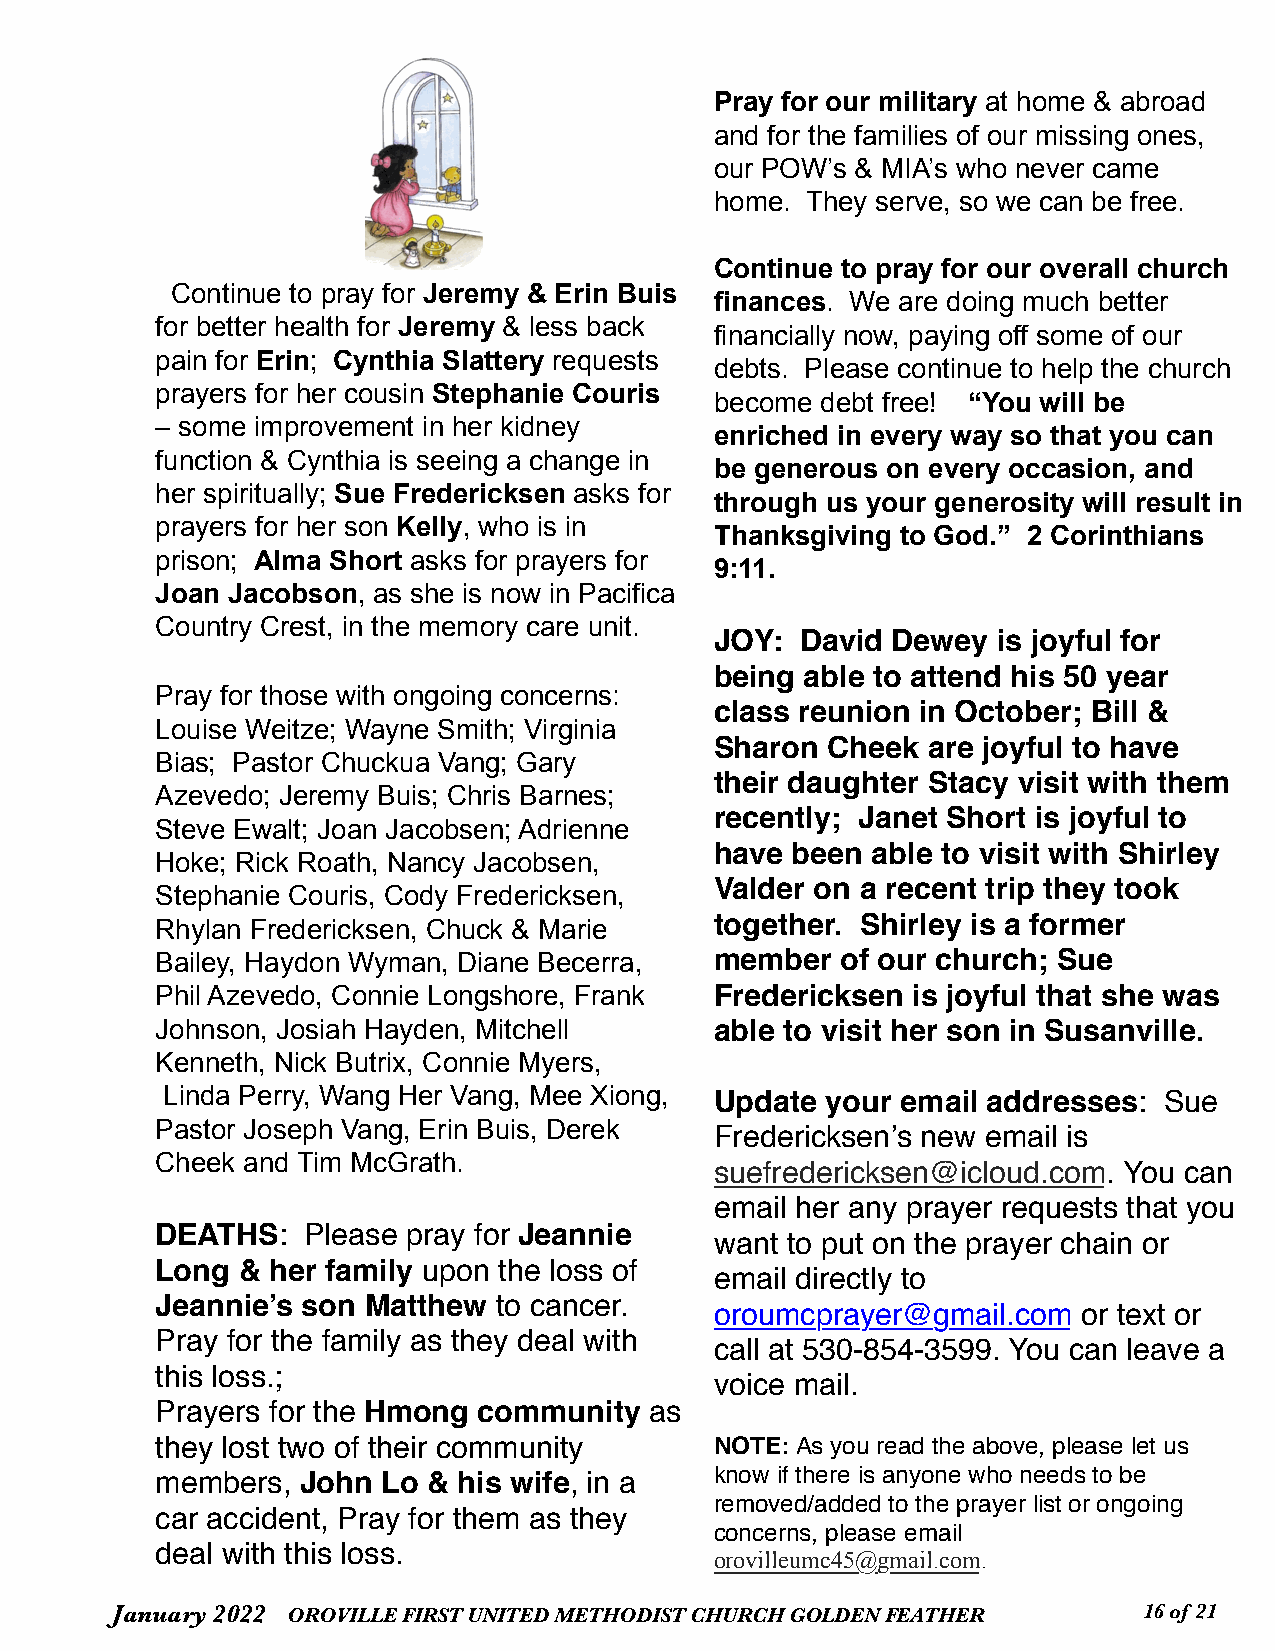
Pray for our military at home & abroad
 and for the families of our missing ones,
 our POW’s & MIA’s who never came
 home. They serve, so we can be free.
 Continue to pray for our overall church
 Continue to pray for Jeremy & Erin Buis
 finances. We are doing much better
 for better health for Jeremy & less back
 financially now, paying off some of our
 pain for Erin; Cynthia Slattery requests
 debts. Please continue to help the church
 prayers for her cousin Stephanie Couris
 become debt free! “You will be
 – some improvement in her kidney
 enriched in every way so that you can
 function & Cynthia is seeing a change in
 be generous on every occasion, and
 her spiritually; Sue Fredericksen asks for
 through us your generosity will result in
 prayers for her son Kelly, who is in
 Thanksgiving to God.” 2 Corinthians
 prison; Alma Short asks for prayers for
 9:11.
 Joan Jacobson, as she is now in Pacifica
 Country Crest, in the memory care unit.
 JOY:  David Dewey  is joyful for
 being able to attend his 50 year
 Pray for those with ongoing concerns:
 class reunion in October; Bill &
 Louise Weitze; Wayne Smith; Virginia
 Sharon  Cheek are joyful to have
 Bias; Pastor Chuckua Vang; Gary
 their daughter Stacy visit with them
 Azevedo; Jeremy Buis; Chris Barnes;
 recently; Janet Short is joyful to
 Steve Ewalt; Joan Jacobsen; Adrienne
 have been  able to visit with Shirley
 Hoke; Rick Roath, Nancy Jacobsen,
 Valder on a recent trip they took
 Stephanie Couris, Cody Fredericksen,
 Rhylan Fredericksen, Chuck & Marie   together. Shirley is a former
 Bailey, Haydon Wyman, Diane Becerra, member   of our church; Sue
 Phil Azevedo, Connie Longshore, Frank Fredericksen is joyful that she was
 Johnson, Josiah Hayden, Mitchell     able to visit her son in Susanville.
 Kenneth, Nick Butrix, Connie Myers,
 Linda Perry, Wang Her Vang, Mee Xiong, Update your email addresses: Sue
 Pastor Joseph Vang, Erin Buis, Derek
 Fredericksen’s new email is
 Cheek and Tim McGrath.
 suefredericksen@icloud.com. You can
 email her any prayer requests that you
 DEATHS:   Please pray for Jeannie
 want to put on the prayer chain or
 Long  & her family upon the loss of
 email directly to
 Jeannie’s son Matthew  to cancer.
 oroumcprayer@gmail.com   or text or
 Pray for the family as they deal with
 call at 530-854-3599. You can leave a
 this loss.;
 voice mail.
 Prayers for the Hmong community  as
 they lost two of their community     NOTE: As you read the above, please let us
 members,  John Lo & his wife, in a   know if there is anyone who needs to be
 removed/added to the prayer list or ongoing
 car accident, Pray for them as they
 concerns, please email
 deal with this loss.
 orovilleumc45@gmail.com.
 January 2022 OROVILLE FIRST UNITED METHODIST CHURCH GOLDEN FEATHER   1 6 of 21